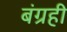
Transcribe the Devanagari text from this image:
बंग्रही